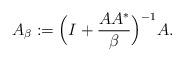
LaTeX: \begin{align*}A_\beta := \Bigl( I + \frac{AA^*}{\beta}\Bigr)^{-1}A.\end{align*}